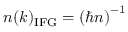
n ( k ) _ { \mathrm { I F G } } = \left( \hbar n \right) ^ { - 1 }